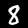
Digit: 8